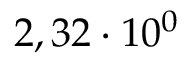
2 , 3 2 \cdot 1 0 ^ { 0 }